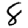
Digit: 8